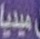
ميديا